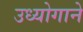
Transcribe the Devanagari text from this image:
उध्योगाने